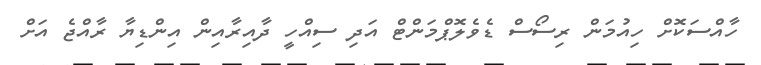
ހާއްސަކޮށް ހިއުމަން ރިސޯސް ޑެވެލޮޕްމަންޓް އަދި ސިއްހީ ދާއިރާއިން އިންޑިޔާ ރާއްޖެ އަށް